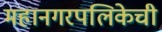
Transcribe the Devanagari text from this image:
महानगरपलिकेची